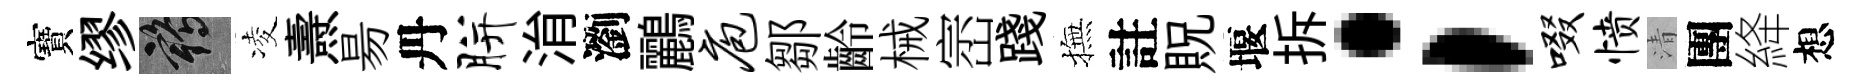
寶缪鶴凌燾昜丹胼㳙瀏鸝庖鄒齡械崈踐撫註貺堰拆；啜愤清團絳想